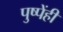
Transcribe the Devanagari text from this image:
पुष्पेंही